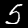
Label: 5